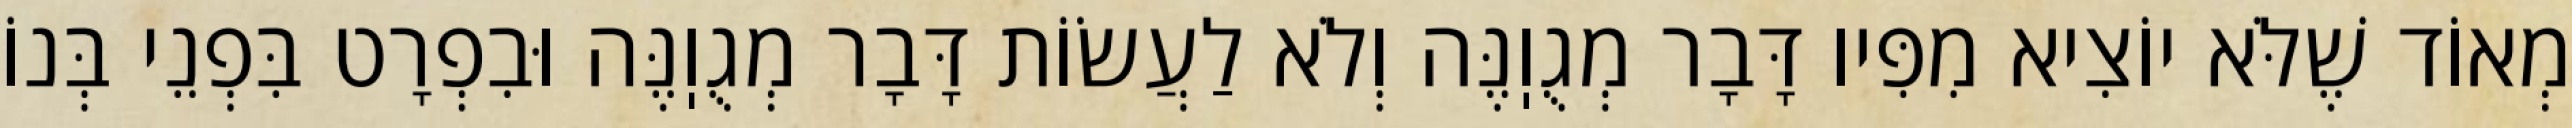
מְאוֹד שֶׁלֹּא יוֹצִיא מִפִּיו דָּבָר מְגֻוֽנֶּה וְלֹא לַעֲשׂוֹת דָּבָר מְגֻוֽנֶּה וּבִפְרָט בִּפְנֵי בְּנוֹ